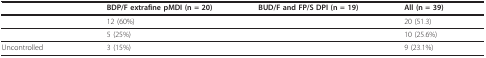
<table><thead><tr><td>[EMPTY_CELL]</td><td><b>BDP/F extrafine pMDI (n = 20)</b></td><td><b>BUD/F and FP/S DPI (n = 19)</b></td><td><b>All (n = 39)</b></td></tr></thead><tbody><tr><td>[EMPTY_CELL]</td><td>12 (60%)</td><td>[EMPTY_CELL]</td><td>20 (51.3)</td></tr><tr><td>[EMPTY_CELL]</td><td>5 (25%)</td><td>[EMPTY_CELL]</td><td>10 (25.6%)</td></tr><tr><td>Uncontrolled</td><td>3 (15%)</td><td>[EMPTY_CELL]</td><td>9 (23.1%)</td></tr></tbody></table>